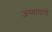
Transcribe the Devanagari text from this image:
अय्यापांचे